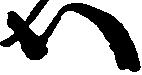
ハ